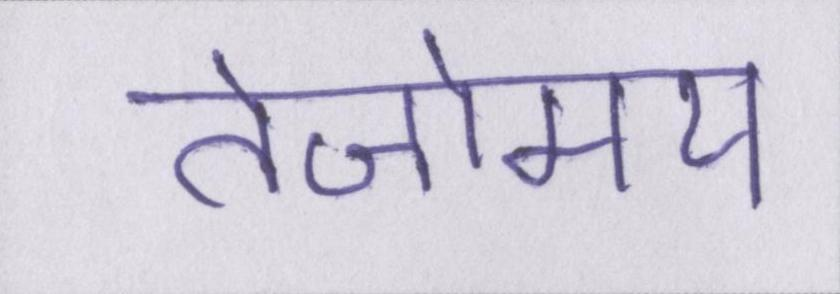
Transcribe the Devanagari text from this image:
तेजोमय